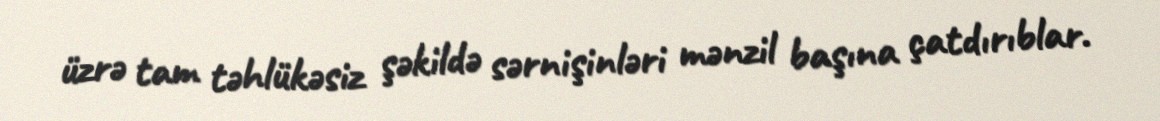
üzrə tam təhlükəsiz şəkildə sərnişinləri mənzil başına çatdırıblar.